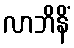
လာဘိနိံ